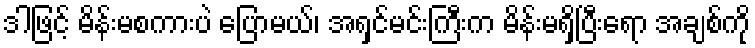
ဒါဖြင့် မိန်းမစကားပဲ ပြောမယ်၊ အရှင်မင်းကြီးက မိန်းမရှိပြီးရော အချစ်ကို